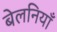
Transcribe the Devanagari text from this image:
बेलनियाँ